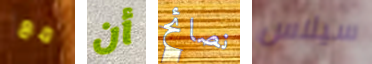
مع أن نصائح سيلاس